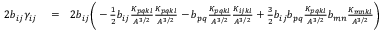
\begin{array} { r l r } { 2 b _ { i j } \gamma _ { i j } } & { { } = } & { 2 b _ { i j } \bigg ( - \frac { 1 } { 2 } b _ { i j } \frac { K _ { p q k l } } { A ^ { 3 / 2 } } \frac { K _ { p q k l } } { A ^ { 3 / 2 } } - b _ { p q } \frac { K _ { p q k l } } { A ^ { 3 / 2 } } \frac { K _ { i j k l } } { A ^ { 3 / 2 } } + \frac { 3 } { 2 } b _ { i j } b _ { p q } \frac { K _ { p q k l } } { A ^ { 3 / 2 } } b _ { m n } \frac { K _ { m n k l } } { A ^ { 3 / 2 } } \bigg ) } \end{array}